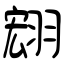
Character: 翝